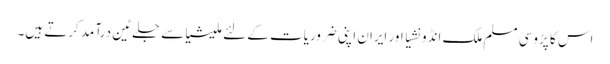
اس کا پڑوسی مسلم ملک انڈونشیا اور ایران اپنی ضروریات کے لئے ملیشیاسے جلے ٹین درآمد کرتے ہیں۔